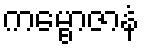
ကမ္ဗောဇာနံ